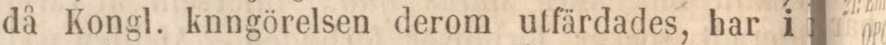
då Kongl. knngörelsen derom utfärdades, har i